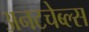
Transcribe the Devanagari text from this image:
अनटचेब्ल्स